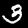
Digit: 3